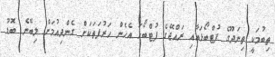
ތިބުމަކީ ތިނަދޫގެ ފުޓްބޯޅައާއި ރައްޖޭގެ ފުޓްބޯޅަ އެހެން ހަރުފަތަކަށް ގެންދިއުމަށް ލިބޭނެ ބޮޑު